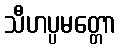
သီဟပ္ပမတ္တော